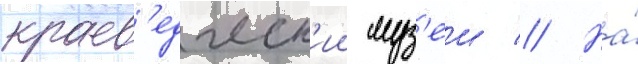
краев'едческ'ии муз'еи // На́